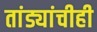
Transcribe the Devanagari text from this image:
तांड्यांचीही